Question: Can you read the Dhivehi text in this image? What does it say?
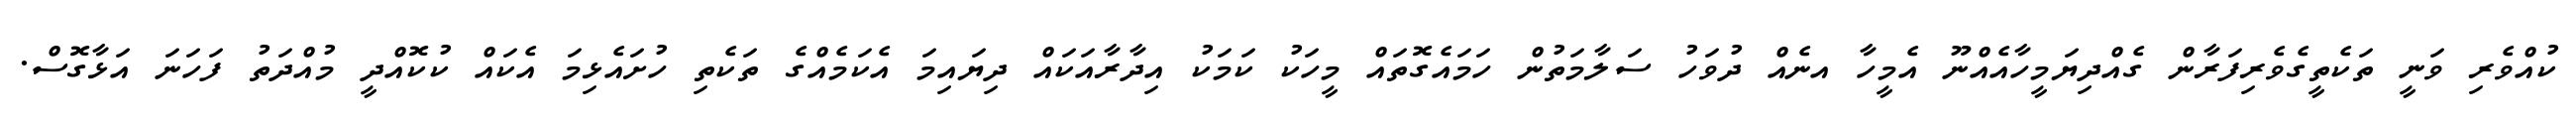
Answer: ކުއްވެރި ވަނީ ތަކެތީގެވެރިފަރާން ގެއްދިޔަމީހާއެއްނޫ އެމީހާ އނެއް ދުވަހު ސަލާމަތުން ހަމައެގޮތައް މީހަކު ކަމަކު އިދާރާއަކައް ދިޔައިމަ އެކަމެއްގެ ތަކެތި ހުށައެޅިމަ އެކައް ކުކޮއްދީ މުއްދަތު ފަހަނަ އަޅާގޮސް.